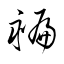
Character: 褊